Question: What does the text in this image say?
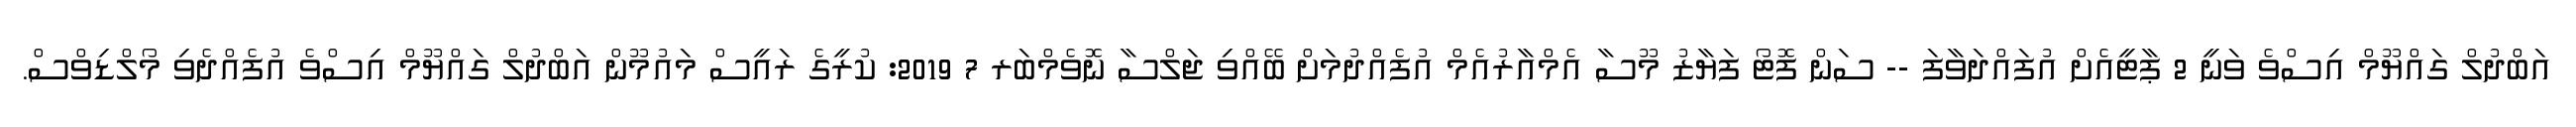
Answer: އަބްދުލް ގައްޔޫމް އިސްވެ ވަނީ 2 ޕާޓީއެށް އުފައްދަވާފަ -- ސަން ފޮޓޯ ފަޔާޒު މޫސާ އެމްއާރުއެމް އުފެއްދުމަށް ބޭއްވި ޖަލްސާ ނޮވެމްބަރ 7 2019: ކުރީގެ ރައީސް މައުމޫން އަބްދުލް ގައްޔޫމް އިސްވެ އުފެއްދެވި މޯލްޑިވްސް.